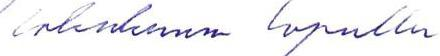
lokakuun lopulla